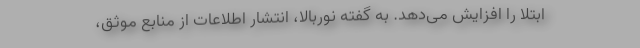
ابتلا را افزایش می‌دهد. به گفته نوربالا، انتشار اطلاعات از منابع موثق،